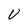
Character: V